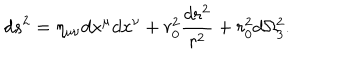
d s ^ { 2 } = \eta _ { \mu \nu } d x ^ { \mu } d x ^ { \nu } + r _ { 0 } ^ { 2 } \frac { d r ^ { 2 } } { r ^ { 2 } } + r _ { 0 } ^ { 2 } d \Omega _ { 3 } ^ { 2 } .